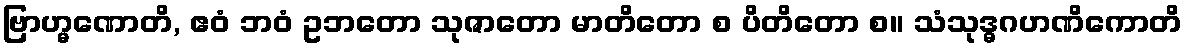
ဗြာဟ္မဏောတိ, ဧဝံ ဘဝံ ဥဘတော သုဇာတော မာတိတော စ ပိတိတော စ။ သံသုဒ္ဓဂဟဏိကောတိ